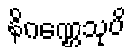
နိဂဏ္ဌေသုပိ